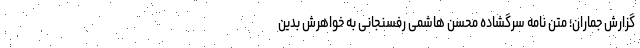
گزارش جماران؛ متن نامه سرگشاده محسن هاشمی رفسنجانی به خواهرش بدین